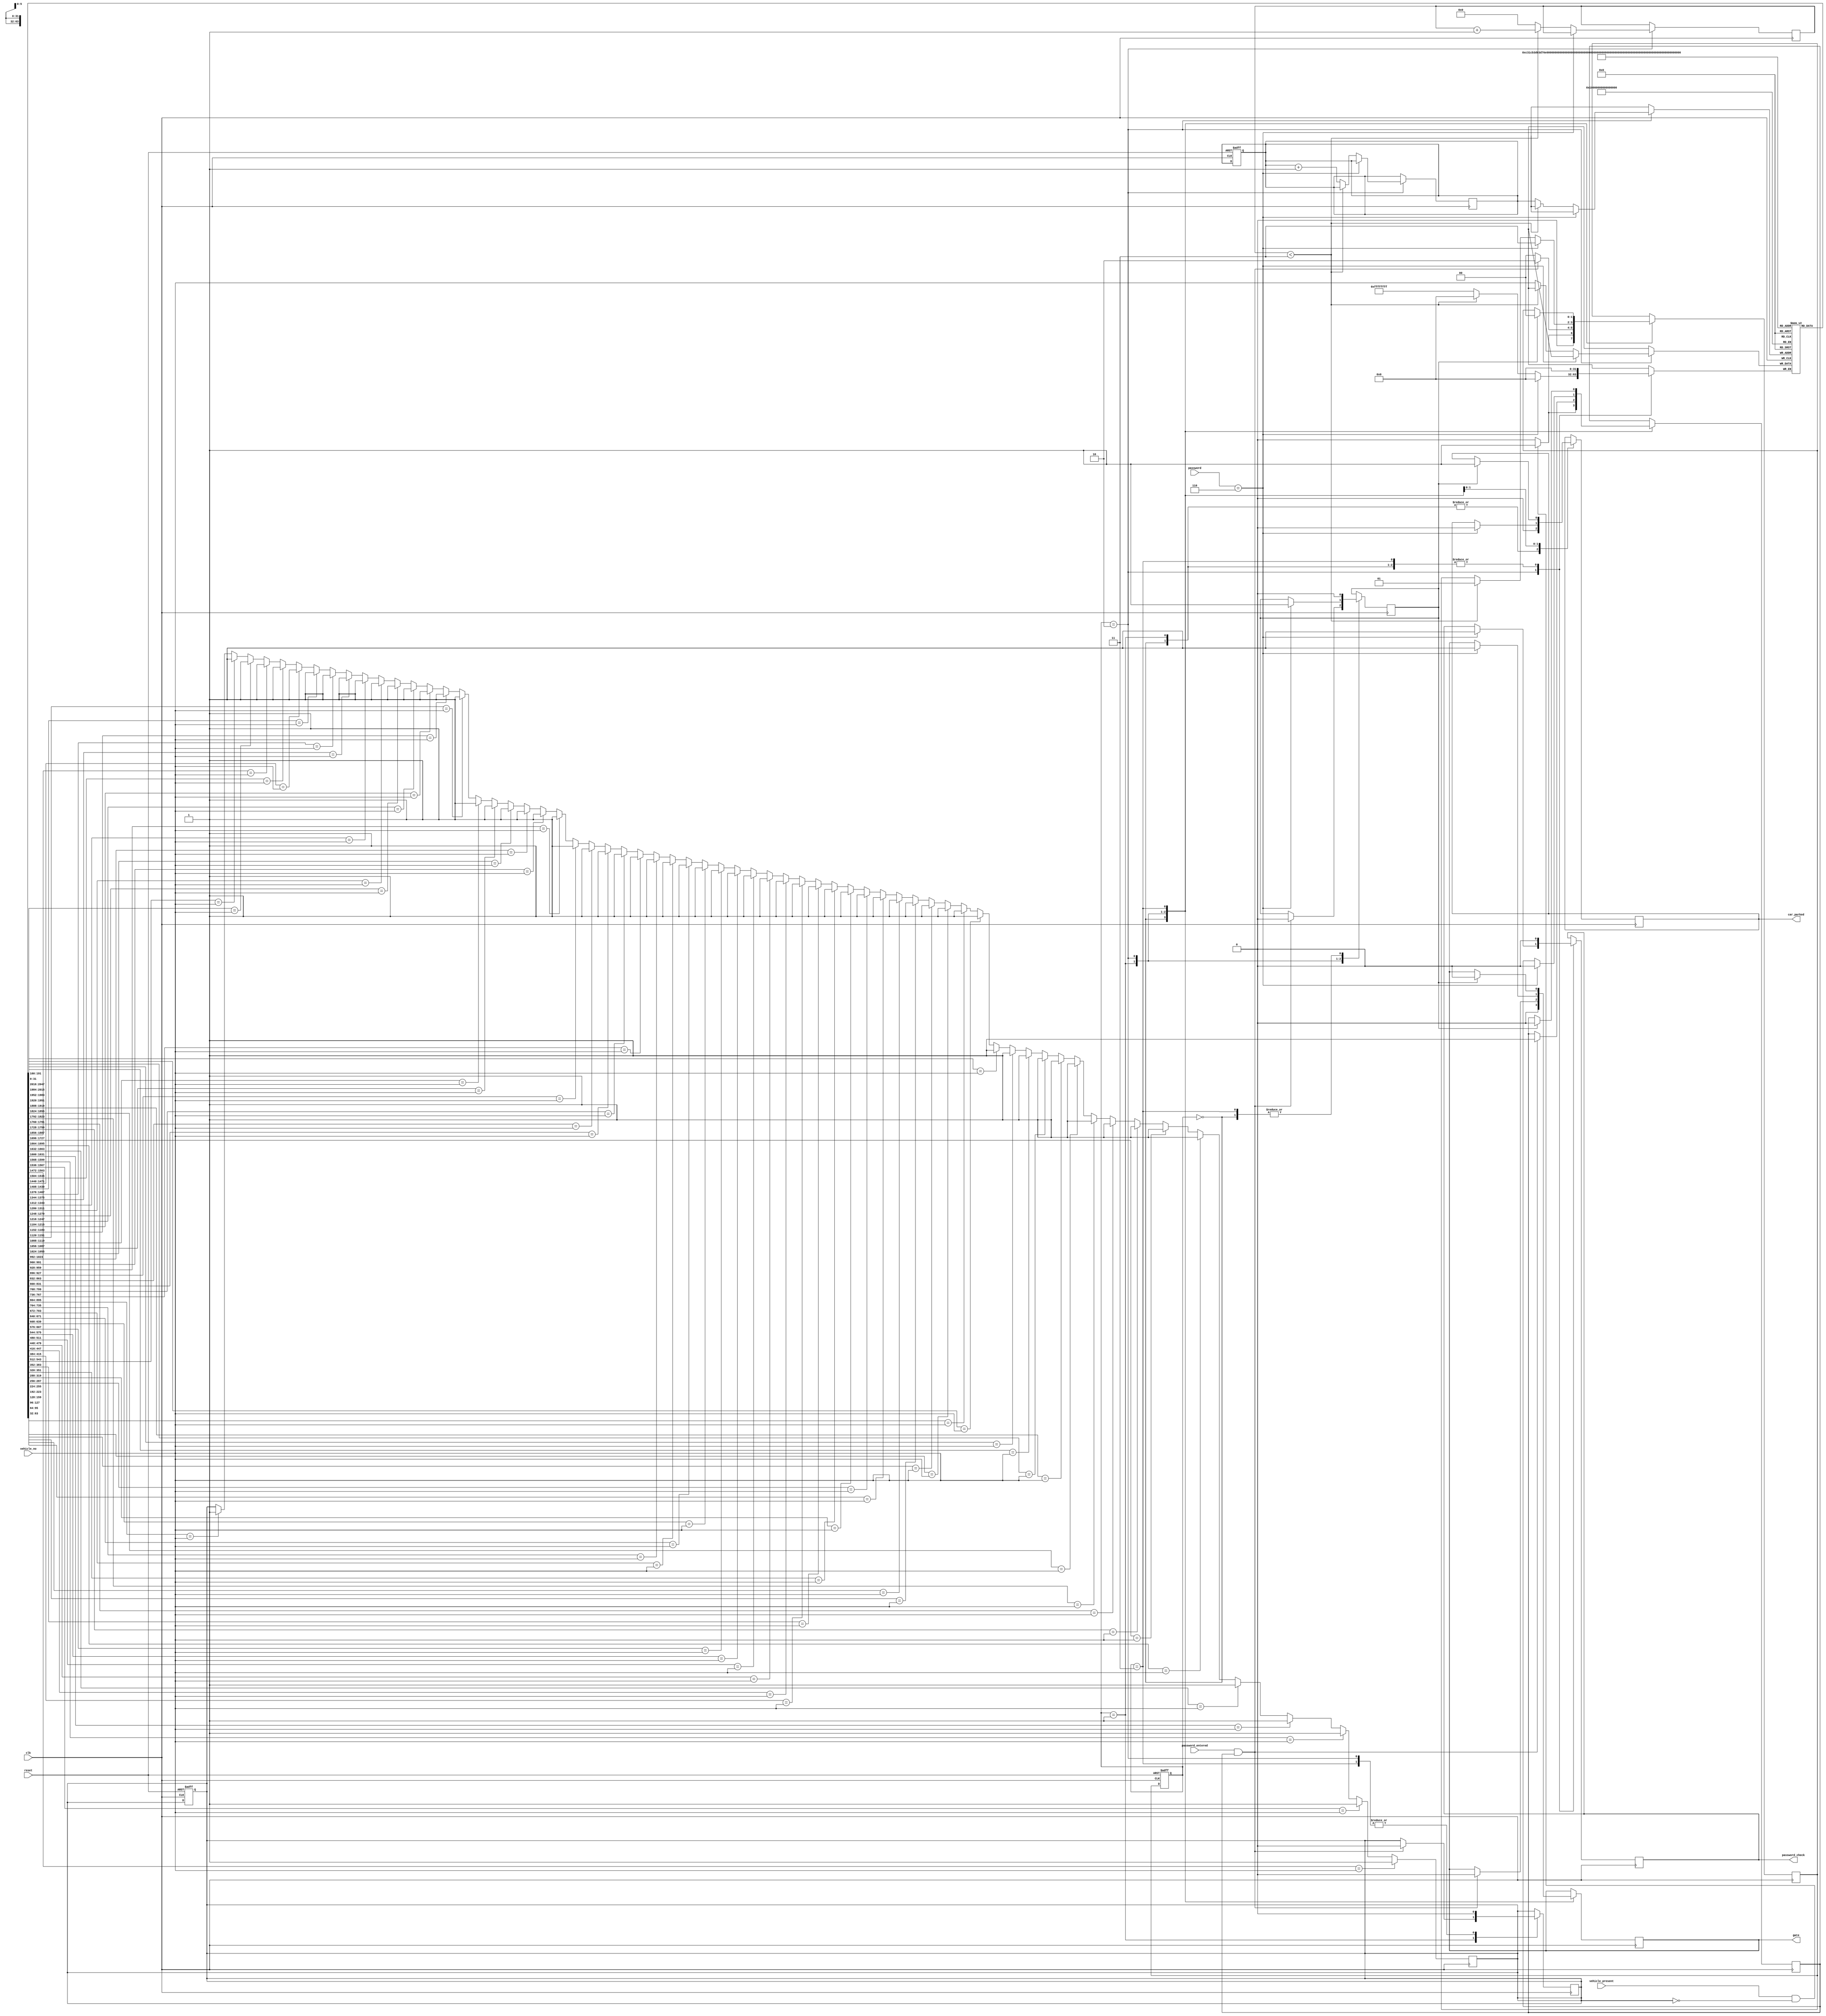
// This program was cloned from: https://github.com/Nilesh002/Car-Parking-System
// License: MIT License

module car_parking(vehicle_no,gate,clk,vehicle_present,password,password_entered,reset,password_check,car_parked);
input [3:0] password;
input [31:0]vehicle_no;
input vehicle_present;
input password_entered;
input clk;
input reset;
output reg gate;
output reg password_check;
output reg car_parked;

reg [3:0]wrong_password_count=0;
reg vehicle_denied;
reg [31:0] Mem[0:63];
reg [5:0] mem_pointer=0;
reg vehicle_found=0;
reg [1:0]state, n_state;
reg s1,s2;

reg malpractice;
integer i;
parameter IDLE=2'b00, SENSOR1=2'b01, CHECK=2'b10, GO=2'b11;
parameter ORIGINAL_PASSWORD=4'b0110;

always @(posedge clk or posedge reset)
begin
if(reset)
begin
state <= IDLE;
mem_pointer <= 0;
vehicle_denied <=0;
end
else
state <= n_state;
end



always @(posedge clk)
begin
for(i=0; i<64; i=i+1)
begin
if(Mem[i] == vehicle_no)
begin
vehicle_denied <= 1'b1;
end
end

end




always @(posedge clk)
begin
case(state)

IDLE: begin
 password_check <= 1'b0;
  car_parked <= 1'b0;
if(vehicle_present && ~vehicle_denied) 
begin
n_state <= SENSOR1;
s1 <= 1'b1;
s2 <= 1'b0;
gate <= 1'b0;
malpractice<= 0;
end

else
begin
n_state <= IDLE;
s1 <= 1'b0;
s2 <= 1'b0;
gate <= 1'b0;
malpractice<= 0;
end
end

SENSOR1: begin
  car_parked <= 1'b0;
  password_check <= 1'b0;
  malpractice<= 0;
  if(password_entered == 1'b1 && s1 == 1'b1)
  begin
  vehicle_denied <= 0;
  n_state <= CHECK;
  s1 <= 1'b1;
  s2 <= 1'b0;
  gate <= 1'b0;
  end
 else
  n_state <= IDLE;
end

CHECK: begin
vehicle_denied <= 0;
if(password == ORIGINAL_PASSWORD)
begin
password_check <= 1'b1;
 car_parked <= 1'b0;
s1 <= 1'b0;
s2 <= 1'b1;
n_state <= GO;
#10 gate <= 1'b1;
end
else
 begin
                // Increment wrong password count and store vehicle number if count exceeds threshold
                if (wrong_password_count < 3) 
                begin
                   wrong_password_count <= wrong_password_count + 1;
                   n_state <= SENSOR1;  
                end
                else
                begin
                   mem_pointer <= mem_pointer+1;
                   Mem[mem_pointer] <= vehicle_no;
               //    n_state <= IDLE;
                   wrong_password_count <= 4'd0;
                   malpractice<= 1;
                end
                
            end
end

GO:    begin
vehicle_denied <= 0;
 password_check <= 1'b0;
if(s2 == 1'b1)
begin
 s1 <= 1'b0;
 s2 <= 1'b0;
 car_parked <= 1'b1;
 gate <= 1'b0;
 n_state <= IDLE;
end
       end

default: begin
          vehicle_denied <=0;
          n_state <= IDLE;          
          car_parked <= 1'b0;
          password_check <= 1'b0;
         end
endcase

end

endmodule